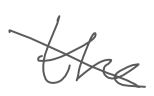
Text: the
Cross-out: diagonal
Writing tool: digital_gray